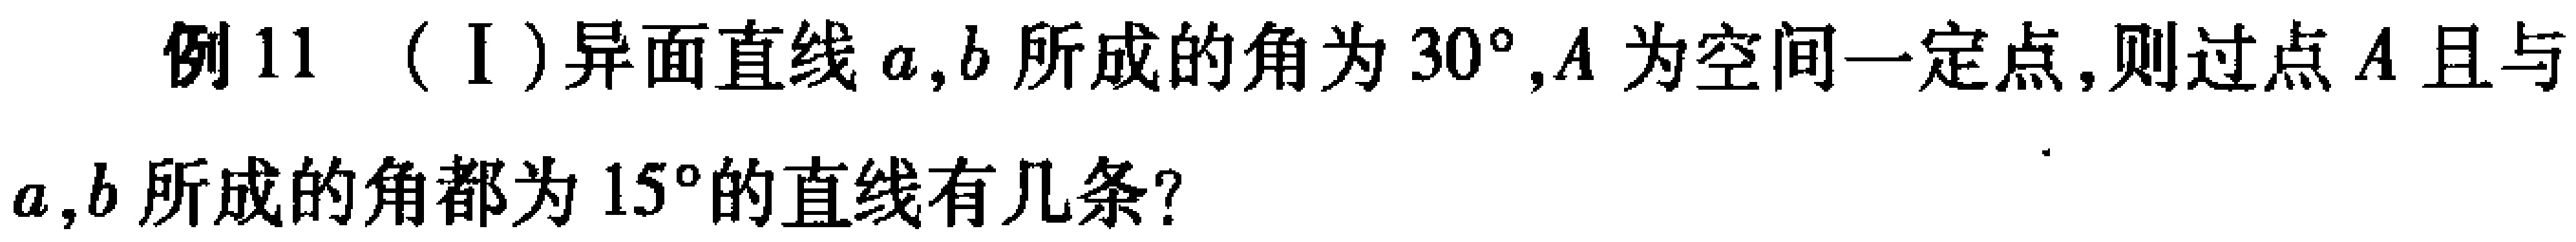
例11（I）异面直线\(a,b\)所成的角为\(30^{\circ}\)，\(A\)为空间一定点，则过点\(A\)且与\(a,b\)所成的角都为\(15^{\circ}\)的直线有几条？